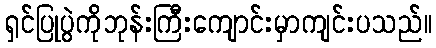
ရှင်ပြုပွဲကိုဘုန်းကြီးကျောင်းမှာကျင်းပသည်။